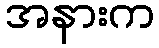
အနားက